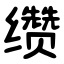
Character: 缵